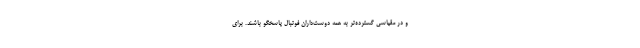
و در مقیاسی گسترده‌تر به همه دوست‌داران فوتبال پاسخگو باشند. برای